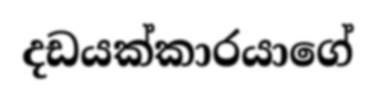
දඩයක්කාරයාගේ